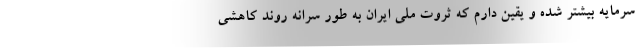
سرمایه بیشتر شده و یقین دارم که ثروت ملی ایران به طور سرانه روند کاهشی